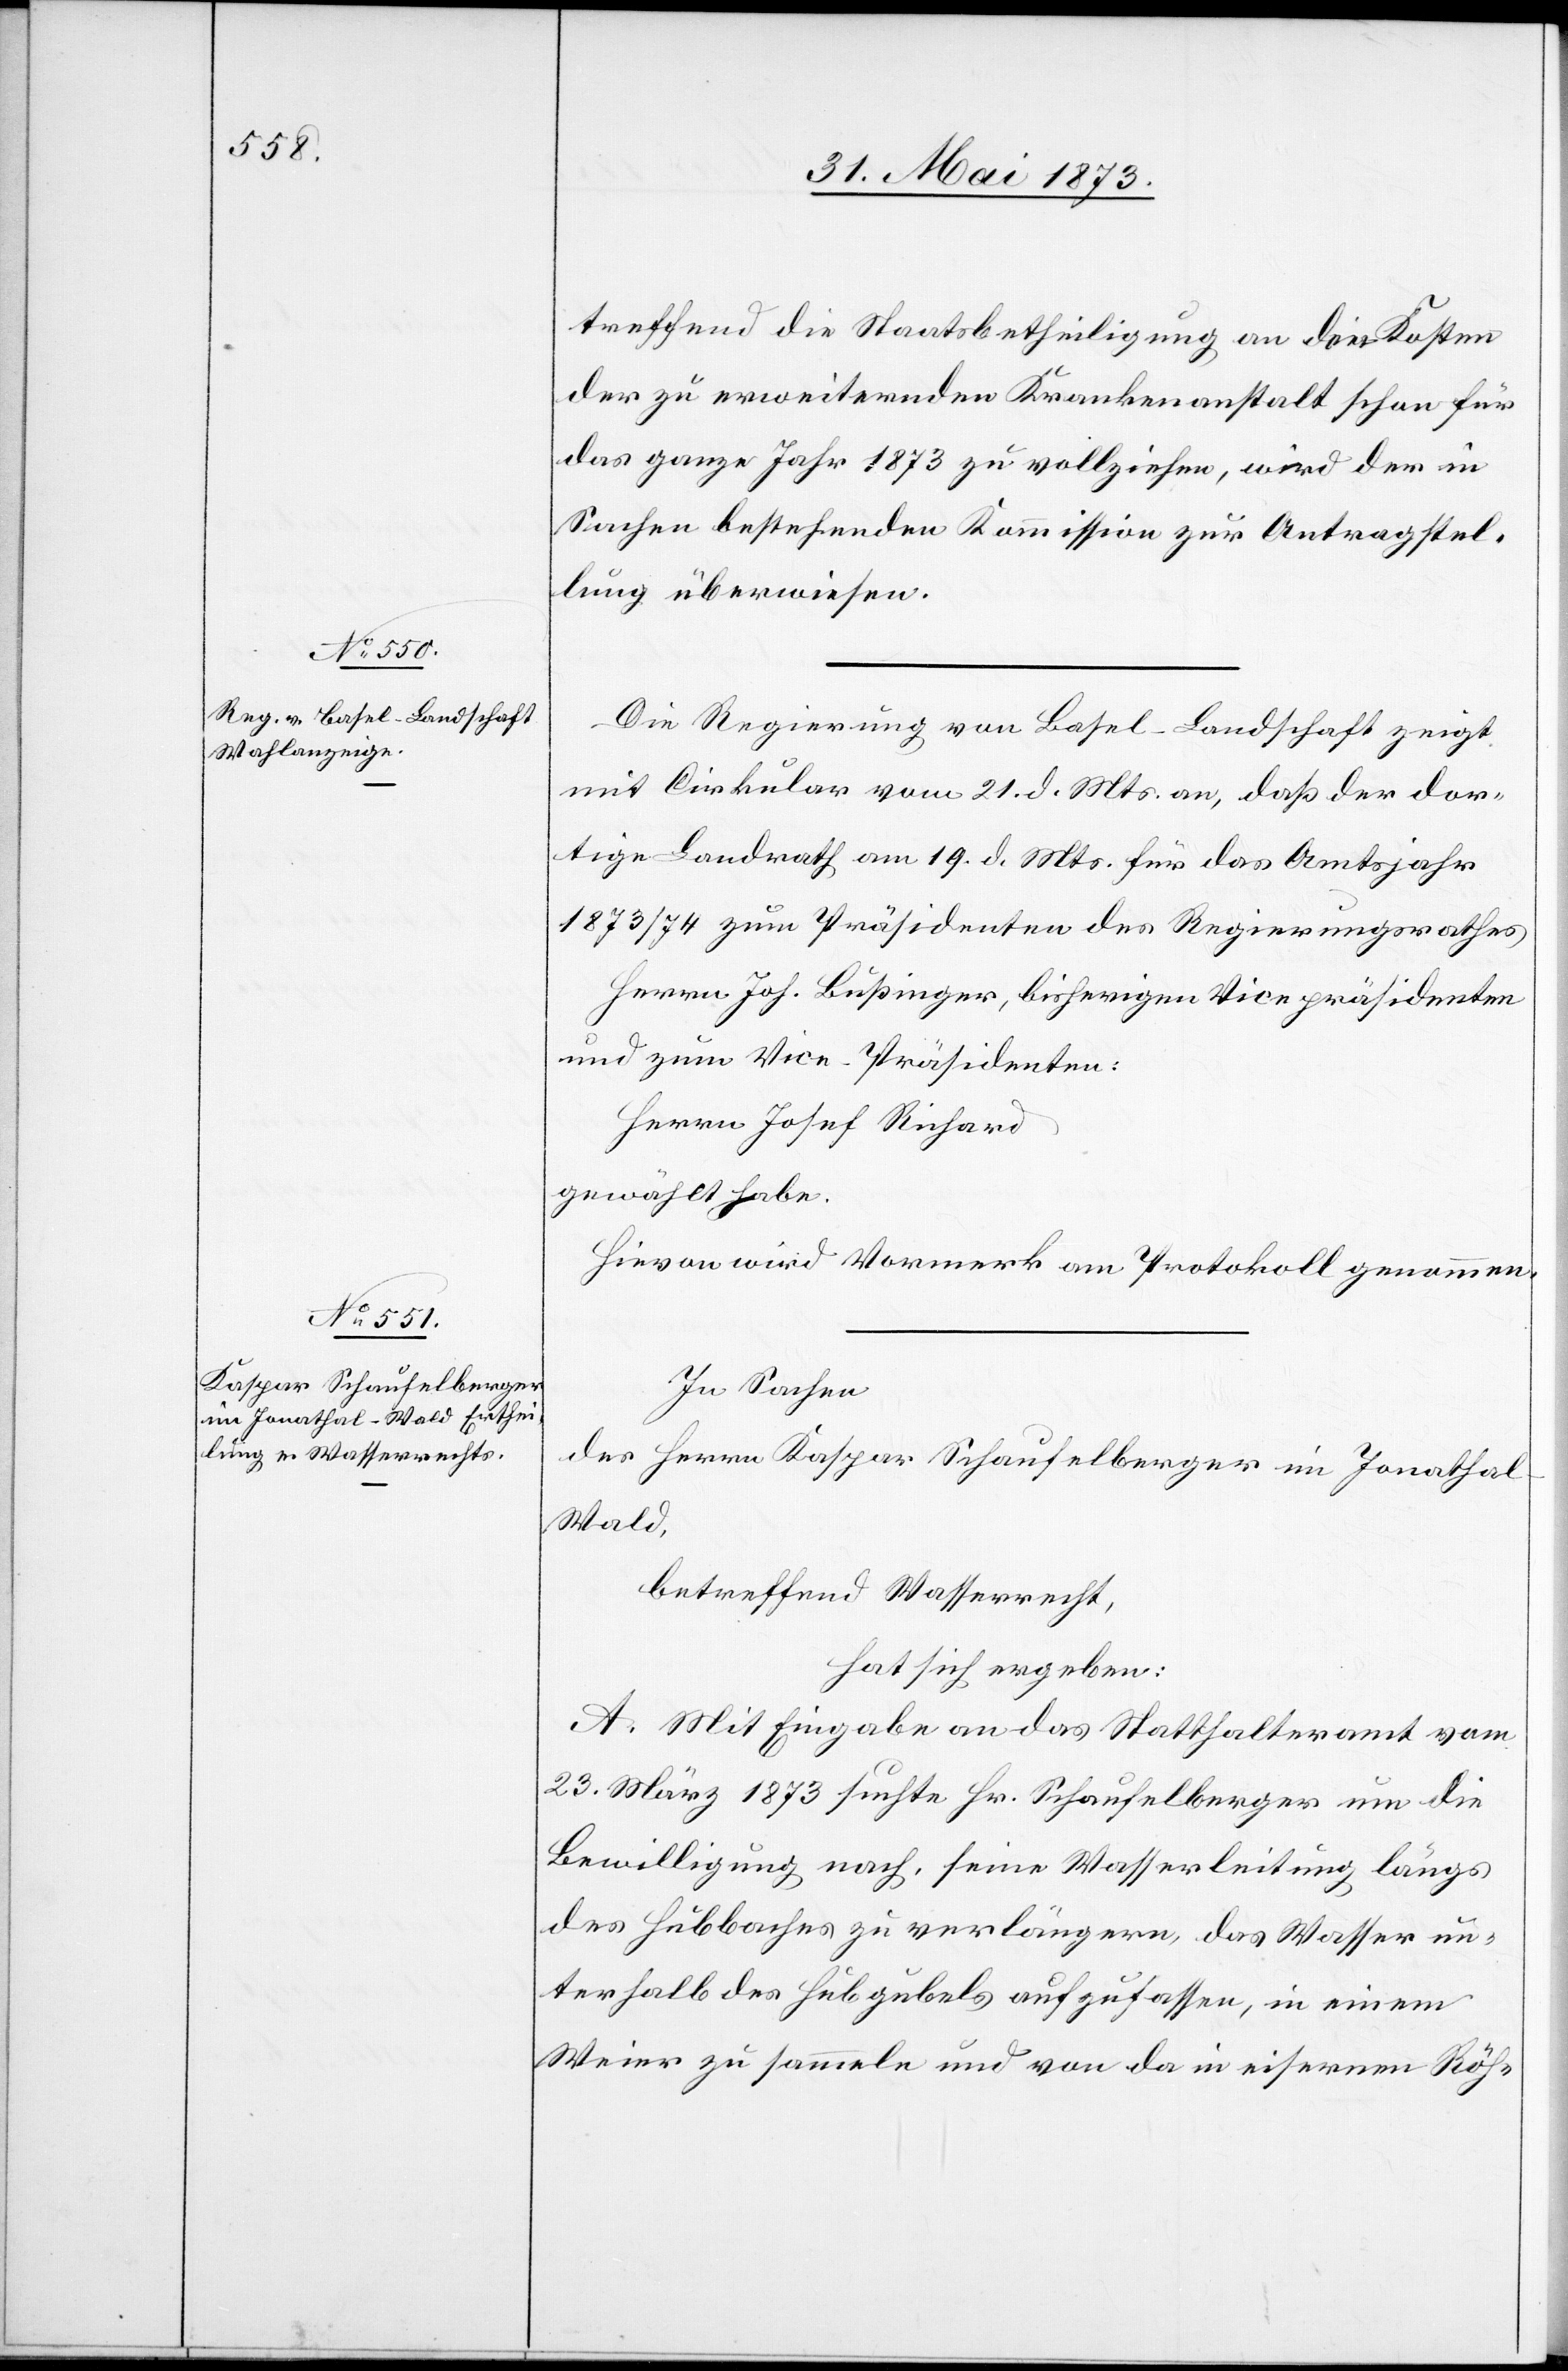
treffend die Staatsbetheiligung an die Kosten
der zu erweiternden Krankenanstalt schon für
das ganze Jahr 1873 zu vollziehen, wird der in
Sachen bestehenden Kommission zur Antragstel¬
lung überwiesen.
Die Regierung von Basel-Landschaft zeigt
mit Cirkular vom 21. d. Mts. an, daß der dor¬
tige Landrath am 19. d. Mts. für das Amtsjahr
1873/74 zum Präsidenten des Regierungsrathes
Herrn Joh. Bußinger, bisherigen Vicepräsidenten
und zum Vice-Präsidenten:
Herrn Josef Richard
gewählt habe.
Hievon wird Vormerk am Protokoll genommen.
In Sachen
des Herrn Kaspar Schaufelberger im Jonatha¬
l-Wald,
betreffend Wasserrecht,
hat sich ergeben:
A. Mit Eingabe an das Statthalteramt vom
23. März 1873 suchte Hr. Schaufelberger um die
Bewilligung nach, seine Wasserleitung längs
des Hubbaches zu verlängern, das Wasser un¬
terhalb des Hubgubels aufzufassen, in einem
Weier zu sammeln und von da in eisernen Röh-